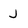
Character: J